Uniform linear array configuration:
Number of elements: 12
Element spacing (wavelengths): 0.5
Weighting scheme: uniform
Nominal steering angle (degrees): -45
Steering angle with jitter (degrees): -45.513
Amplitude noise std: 0.05
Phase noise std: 0.05

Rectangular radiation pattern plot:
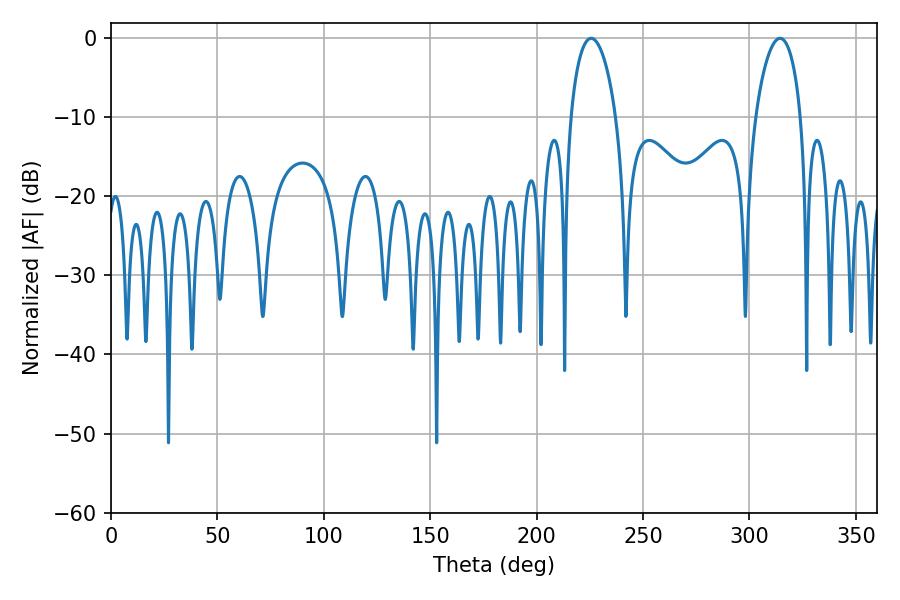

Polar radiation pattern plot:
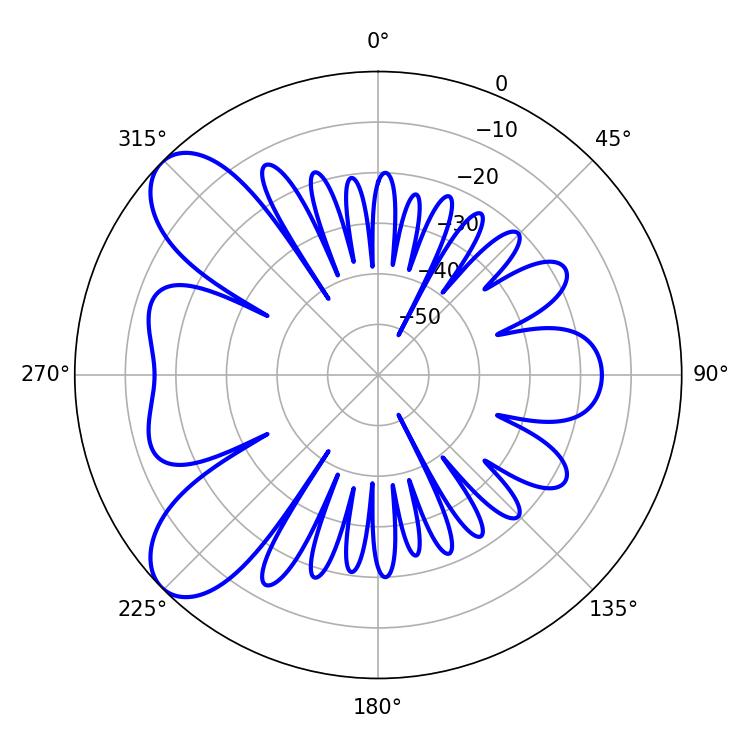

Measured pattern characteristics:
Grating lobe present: FALSE
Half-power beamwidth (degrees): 12.06
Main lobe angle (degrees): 225.54